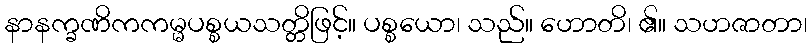
နာနက္ခဏိကကမ္မပစ္စယသတ္တိဖြင့်။ ပစ္စယော၊ သည်။ ဟောတိ၊ ၏။ သဟဇာတာ၊